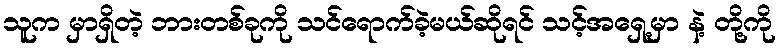
သူက မှာရှိတဲ့ ဘားတစ်ခုကို သင်ရောက်ခဲ့မယ်ဆိုရင် သင့်အရှေ့မှာ နဲ့ တို့ကို